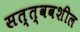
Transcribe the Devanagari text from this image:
सत्त्ववशील